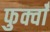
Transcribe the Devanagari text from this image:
फुर्क्वाँ